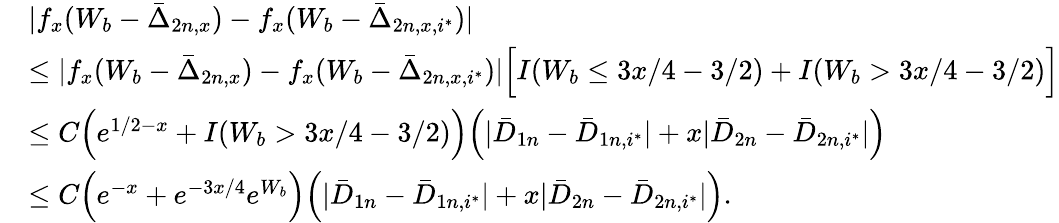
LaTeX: \begin{array}{rl}&{|f_{x}(W_{b}-\bar{\Delta}_{2n,x})-f_{x}(W_{b}-\bar{\Delta}_{2n,x,i^{*}})|}\\ &{\leq|f_{x}(W_{b}-\bar{\Delta}_{2n,x})-f_{x}(W_{b}-\bar{\Delta}_{2n,x,i^{*}})|\Big[I(W_{b}\leq 3x/4-3/2)+I(W_{b}>3x/4-3/2)\Big]}\\ &{\leq C\Big(e^{1/2-x}+I(W_{b}>3x/4-3/2)\Big)\Big(|\bar{D}_{1n}-\bar{D}_{1n,i^{*}}|+x|\bar{D}_{2n}-\bar{D}_{2n,i^{*}}|\Big)}\\ &{\leq C\Big(e^{-x}+e^{-3x/4}e^{W_{b}}\Big)\Big(|\bar{D}_{1n}-\bar{D}_{1n,i^{*}}|+x|\bar{D}_{2n}-\bar{D}_{2n,i^{*}}|\Big).}\end{array}